Annual vaccination report of Bihar and Orissa - 1911-1928
Year: 1911
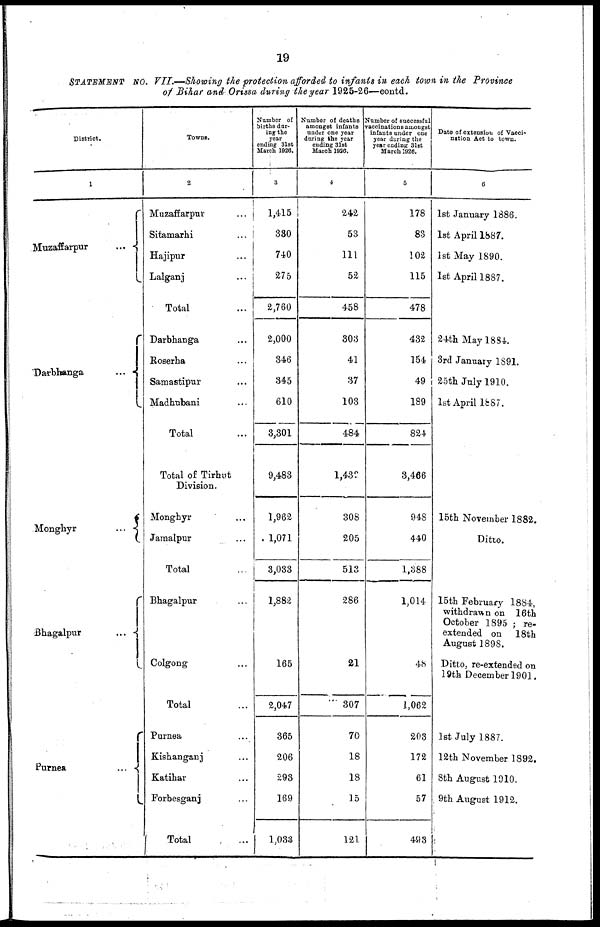
19
STATEMENT No. VII.—Showing the protection afforded to infants in each town in the Province
of Bihar and Orissa during the year 1925-26—contd.
District.
1
Muzaffarpur
...
...
Darbhanga
...
...
Monghyr...
Bhagalpur
...
Purnea
...
...
Towns.
2
Muzaffarpur... ...
Sitamarhi... ...
Hajipur... ...
Lalganj... ...
Total... ...
Darbhanga... ...
Roserha... ...
Samastipur... ...
Madhubani... ...
Total... ...
Total of Tirhut
Division.
Monghyr... ...
Jamalpur... ...
Total...
Bhagalpur... ...
Colgong... ...
Total...
Purnea... ...
Kishanganj... ...
Katihar... ...
Forbesganj... ...
Total...
Number of
births dur-
ing the
year
ending 31st
March 1926.
3
1,415
330
740
275
2,760
2,000
346
345
610
3,301
9,483
1,962
1,071
3,033
1,882
165
2,047
365
206
293
169
1,033
Number of deaths
amongst infants
under one year
during the year
ending 31st
March 1936.
4
242
53
111
52
458
303
41
37
103
484
1,439
308
205
513
286
21
307
70
18
18
15
121
Number of successful
vaccinations amongst
infants under one
year during the
year ending 31st
March 1926.
5
178
83
102
115
478
432
154
49
189
824
3,466
948
440
1,388
1,014
48
1,062
203
172
61
57
493
Date of extension of Vacci-
nation Act to town.
6
1st January 1886.
1st April 1887.
1st May 1890.
1st April 1887.
24th May 1884.
3rd January 1891.
25th July 1910.
1st April 1887.
15th November 1882
Ditto.
15th February 1884
withdrawn on 16th
October 1895 ; re-
extended on 18th
August 1898.
Ditto, re-extended on
19th December 1901.
1st July 1887.
12th November 1892.
8th August 1910.
9th August 1912.